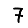
Digit: 7